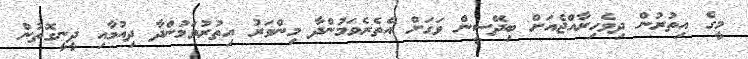
މީގެ އިތުރުން ދިވެހިރާއްޖެއަށް ބިދޭސީން ވަގަށް އެތެރެވަމުންދާ މިންވަރު އިތުރުވަމުންދާ ދިއުމާއި ދީނީގޮތުން